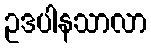
ဥဒပါနသာလာ